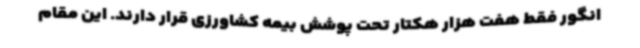
انگور فقط هفت هزار هکتار تحت پوشش بیمه کشاورزی قرار دارند. این مقام